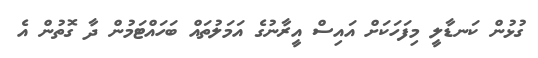
ގުޅުން ކަނޑާލީ މިފަހަކަށް އައިސް އީރާނުގެ އަމަލުތައް ބަހައްޓަމުން ދާ ގޮތުން އެ